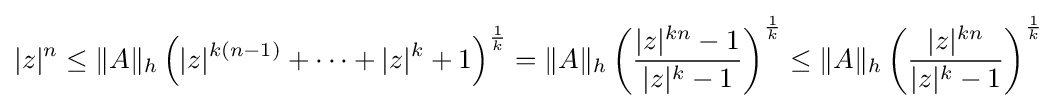
|z|^{n}\leq \|A\|_{h}\left(|z|^{k(n-1)}+\cdots +|z|^{k}+1\right)^{\frac {1}{k}}=\|A\|_{h}\left({\frac {|z|^{kn}-1}{|z|^{k}-1}}\right)^{\frac {1}{k}}\leq \|A\|_{h}\left({\frac {|z|^{kn}}{|z|^{k}-1}}\right)^{\frac {1}{k}}